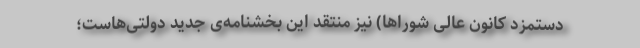
دستمزد کانون عالی شوراها) نیز منتقد این بخشنامه‌ی جدید دولتی‌هاست؛